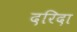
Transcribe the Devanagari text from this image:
दरिदा